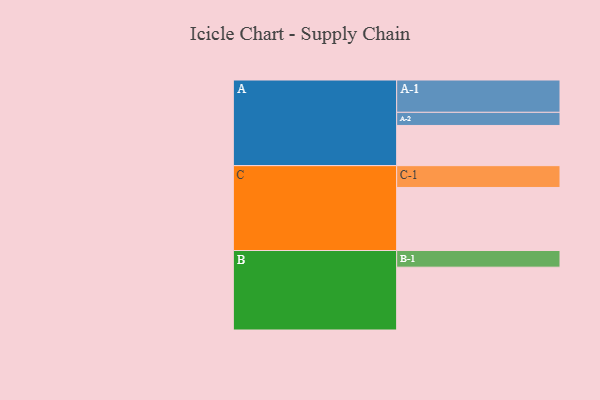
{"axis": {"x": "Segment", "y": "Value"}, "legend": ["", "A", "B", "C"], "data": [{"x": "A", "y": 352, "type": ""}, {"x": "B", "y": 550, "type": ""}, {"x": "C", "y": 552, "type": ""}, {"x": "A-1", "y": 283, "type": "A"}, {"x": "A-2", "y": 115, "type": "A"}, {"x": "B-1", "y": 146, "type": "B"}, {"x": "C-1", "y": 191, "type": "C"}]}